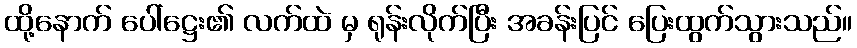
ထို့နောက် ပေါ်ဋ္ဌေး၏ လက်ထဲ မှ ရုန်းလိုက်ပြီး အခန်းပြင် ပြေးထွက်သွားသည်။